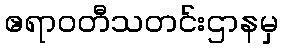
ဧရာဝတီသတင်းဌာနမှ